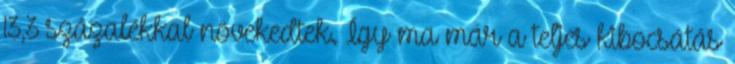
13,3 százalékkal növekedtek. Így ma már a teljes kibocsátás